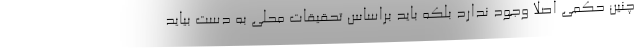
چنین حکمی اصلا وجود ندارد بلکه باید براساس تحقیقات محلی به دست بیاید